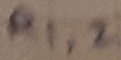
Text: R1,2